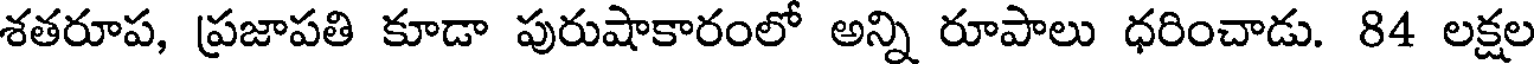
శతరూప, ప్రజాపతి కూడా పురుషాకారంలో అన్ని రూపాలు ధరించాడు. 84 లక్షల